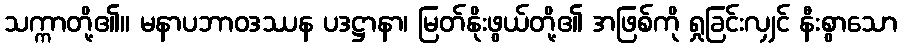
သက္ကာတို့၏။ မနာပဘာဝဒဿန ပဒဋ္ဌာနာ၊ မြတ်နိုးဖွယ်တို့၏ အဖြစ်ကို ရှုခြင်းလျှင် နီးစွာသော